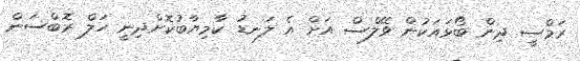
ރަމްސީ ދިން ބޯޅައަކުން ވޭލްސް އަށް އެ ލަނޑު ކާމިޔާބުކޮށްދިނީ ހަލް ރޮބްސަން